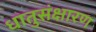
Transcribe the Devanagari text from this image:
धातुसंक्षारण